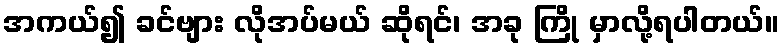
အကယ်၍ ခင်ဗျား လိုအပ်မယ် ဆိုရင်၊ အခု ကြို မှာလို့ရပါတယ်။